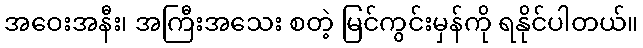
အဝေးအနီး၊ အကြီးအသေး စတဲ့ မြင်ကွင်းမှန်ကို ရနိုင်ပါတယ်။